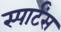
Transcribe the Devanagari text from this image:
स्पार्टंस